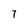
Character: 7